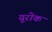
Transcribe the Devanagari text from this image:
यूरोक